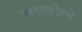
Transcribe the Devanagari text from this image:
नागरकोटचे